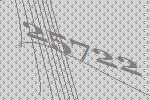
25722